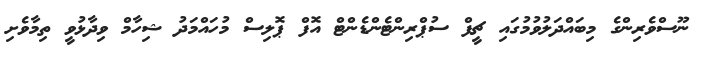
ނޫސްވެރިންގެ މިބައްދަލުވުމުގައި ޗީފް ސުޕްރިންޓެންޑެންޓް އޮފް ޕޮލިސް މުހައްމަދު ޝިހާމް ވިދާޅުވީ ތިމާވެށި